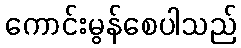
ကောင်းမွန်စေပါသည်